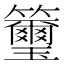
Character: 𥸀